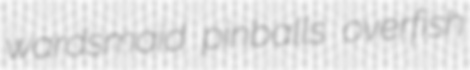
wardsmaid pinballs overfish